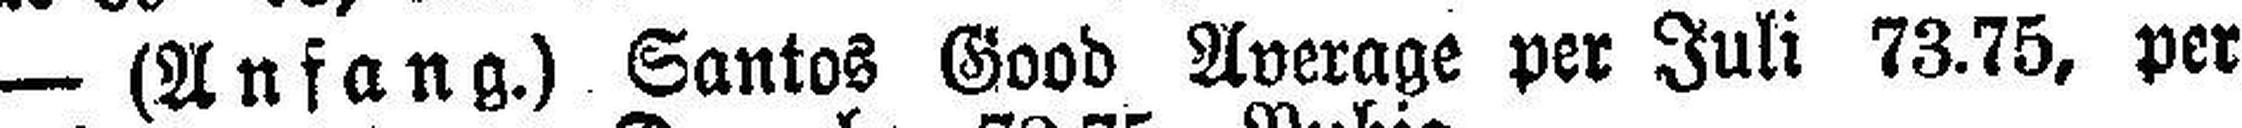
— (Anfang.) Santos Good Average per Juli 73.75, per